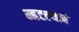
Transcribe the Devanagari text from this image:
म्हटल्याचे